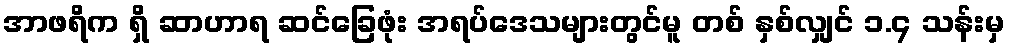
အာဖရိက ရှိ ဆာဟာရ ဆင်ခြေဖုံး အရပ်ဒေသများတွင်မူ တစ် နှစ်လျှင် ၁.၄ သန်းမှ